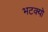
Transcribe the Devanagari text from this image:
भटक्‍यो